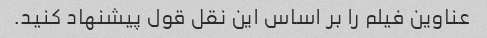
عناوین فیلم را بر اساس این نقل قول پیشنهاد کنید.